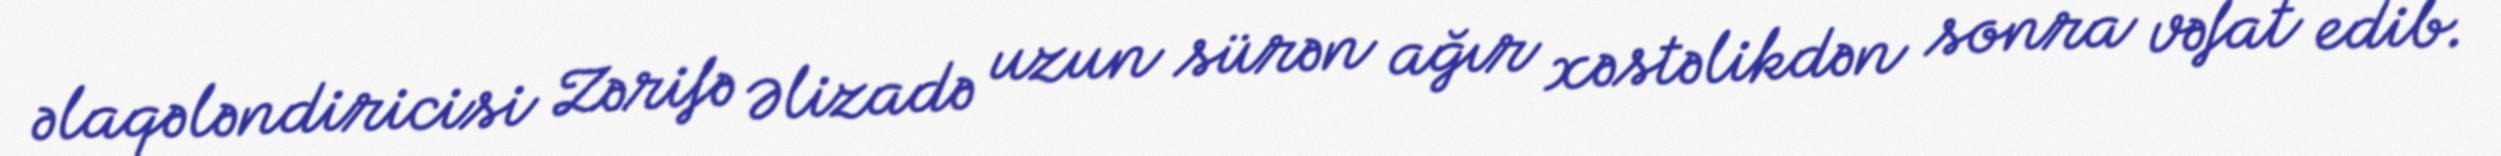
əlaqələndiricisi Zərifə Əlizadə uzun sürən ağır xəstəlikdən sonra vəfat edib.